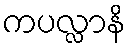
ကပလ္လာနိ